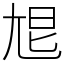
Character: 㞁